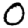
Digit: 0